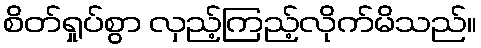
စိတ်ရှုပ်စွာ လှည့်ကြည့်လိုက်မိသည်။